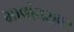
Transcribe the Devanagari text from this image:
भाषांतरावर